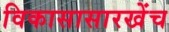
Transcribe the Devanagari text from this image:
विकासासारखेंच